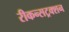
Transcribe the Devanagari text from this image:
रीकन्सट्रक्शन